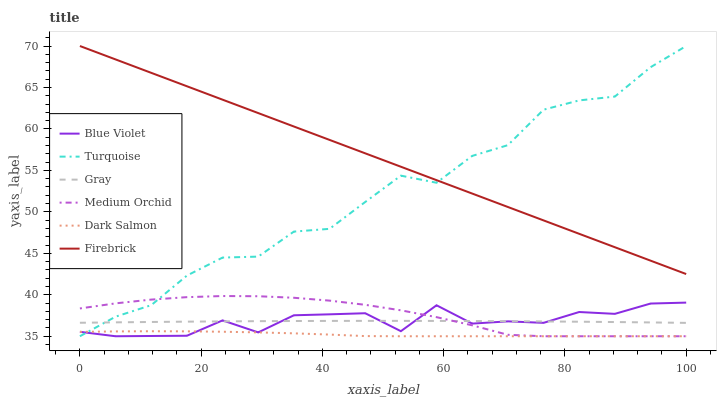
| xaxis_label | Blue Violet | Turquoise | Gray | Medium Orchid | Dark Salmon | Firebrick |
 | --- | --- | --- | --- | --- | --- | --- |
 | 0 | 35.5 | 35 | 36.6 | 38.4 | 35.5 | 70 |
 | 5.88 | 35 | 37.4 | 36.7 | 39 | 35.6 | 68.4 |
 | 11.8 | 35 | 38.7 | 36.7 | 39.4 | 35.6 | 66.8 |
 | 17.6 | 35.1 | 42.3 | 36.8 | 39.7 | 35.6 | 65.1 |
 | 23.5 | 36.9 | 44.5 | 36.8 | 39.9 | 35.5 | 63.5 |
 | 29.4 | 35.5 | 44.6 | 36.8 | 39.8 | 35.5 | 61.9 |
 | 35.3 | 37.5 | 47.6 | 36.8 | 39.6 | 35.4 | 60.3 |
 | 41.2 | 37.6 | 48 | 36.9 | 39.3 | 35.2 | 58.7 |
 | 47.1 | 37.8 | 51.2 | 36.9 | 38.8 | 35 | 57.1 |
 | 52.9 | 35.6 | 54.4 | 36.9 | 38.1 | 35 | 55.4 |
 | 58.8 | 38.7 | 53.5 | 36.8 | 37.3 | 35 | 53.8 |
 | 64.7 | 36.5 | 56.7 | 36.8 | 36.3 | 35 | 52.2 |
 | 70.6 | 36.8 | 58 | 36.8 | 35.2 | 35 | 50.6 |
 | 76.5 | 36.6 | 62.3 | 36.8 | 35 | 35 | 49 |
 | 82.4 | 37.9 | 63.4 | 36.8 | 35 | 35 | 47.4 |
 | 88.2 | 37.7 | 63.9 | 36.7 | 35 | 35 | 45.7 |
 | 94.1 | 38.9 | 67.4 | 36.7 | 35 | 35 | 44.1 |
 | 100 | 39.1 | 70 | 36.6 | 35 | 35 | 42.5 |